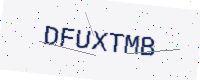
Text: DFUXTMB